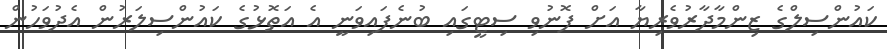
ކައުންސިލްގެ ޒިންމާދާރުވެރިޔާ އަށް ފޮނުވި ސިޓީގައި ބުނެފައިވަނީ އެ އަތޮޅުގެ ކައުންސިލަރުން އެދުވަހުން